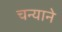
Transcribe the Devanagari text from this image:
चन्याने